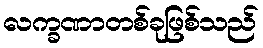
လက္ခဏာတစ်ခုဖြစ်သည်